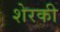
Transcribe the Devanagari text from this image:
शेरकी